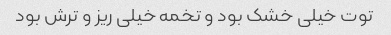
توت خیلی خشک بود و تخمه خیلی ریز و ترش بود